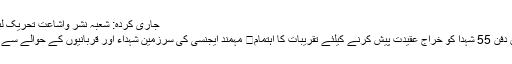
جاری کردہ: شعبہ نشر واشاعت تحریک لبیک یارسول اللہ
مصطفی آباد میں دفن 55 شہدا کو خراج عقیدت پیش کرنے کیلئے تقریبات کا اہتمام	 مہمند ایجنسی کی سرزمین شہداء اور قربانیوں کے حوالے سے زرخیز رہا ہے۔